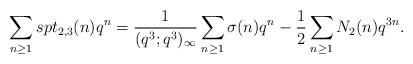
LaTeX: \begin{align*}\sum_{n\ge1}spt_{2,3}(n)q^n=\frac{1}{(q^3;q^3)_{\infty}}\sum_{n\ge1}\sigma(n)q^n-\frac{1}{2}\sum_{n\ge1}N_2(n)q^{3n}.\end{align*}